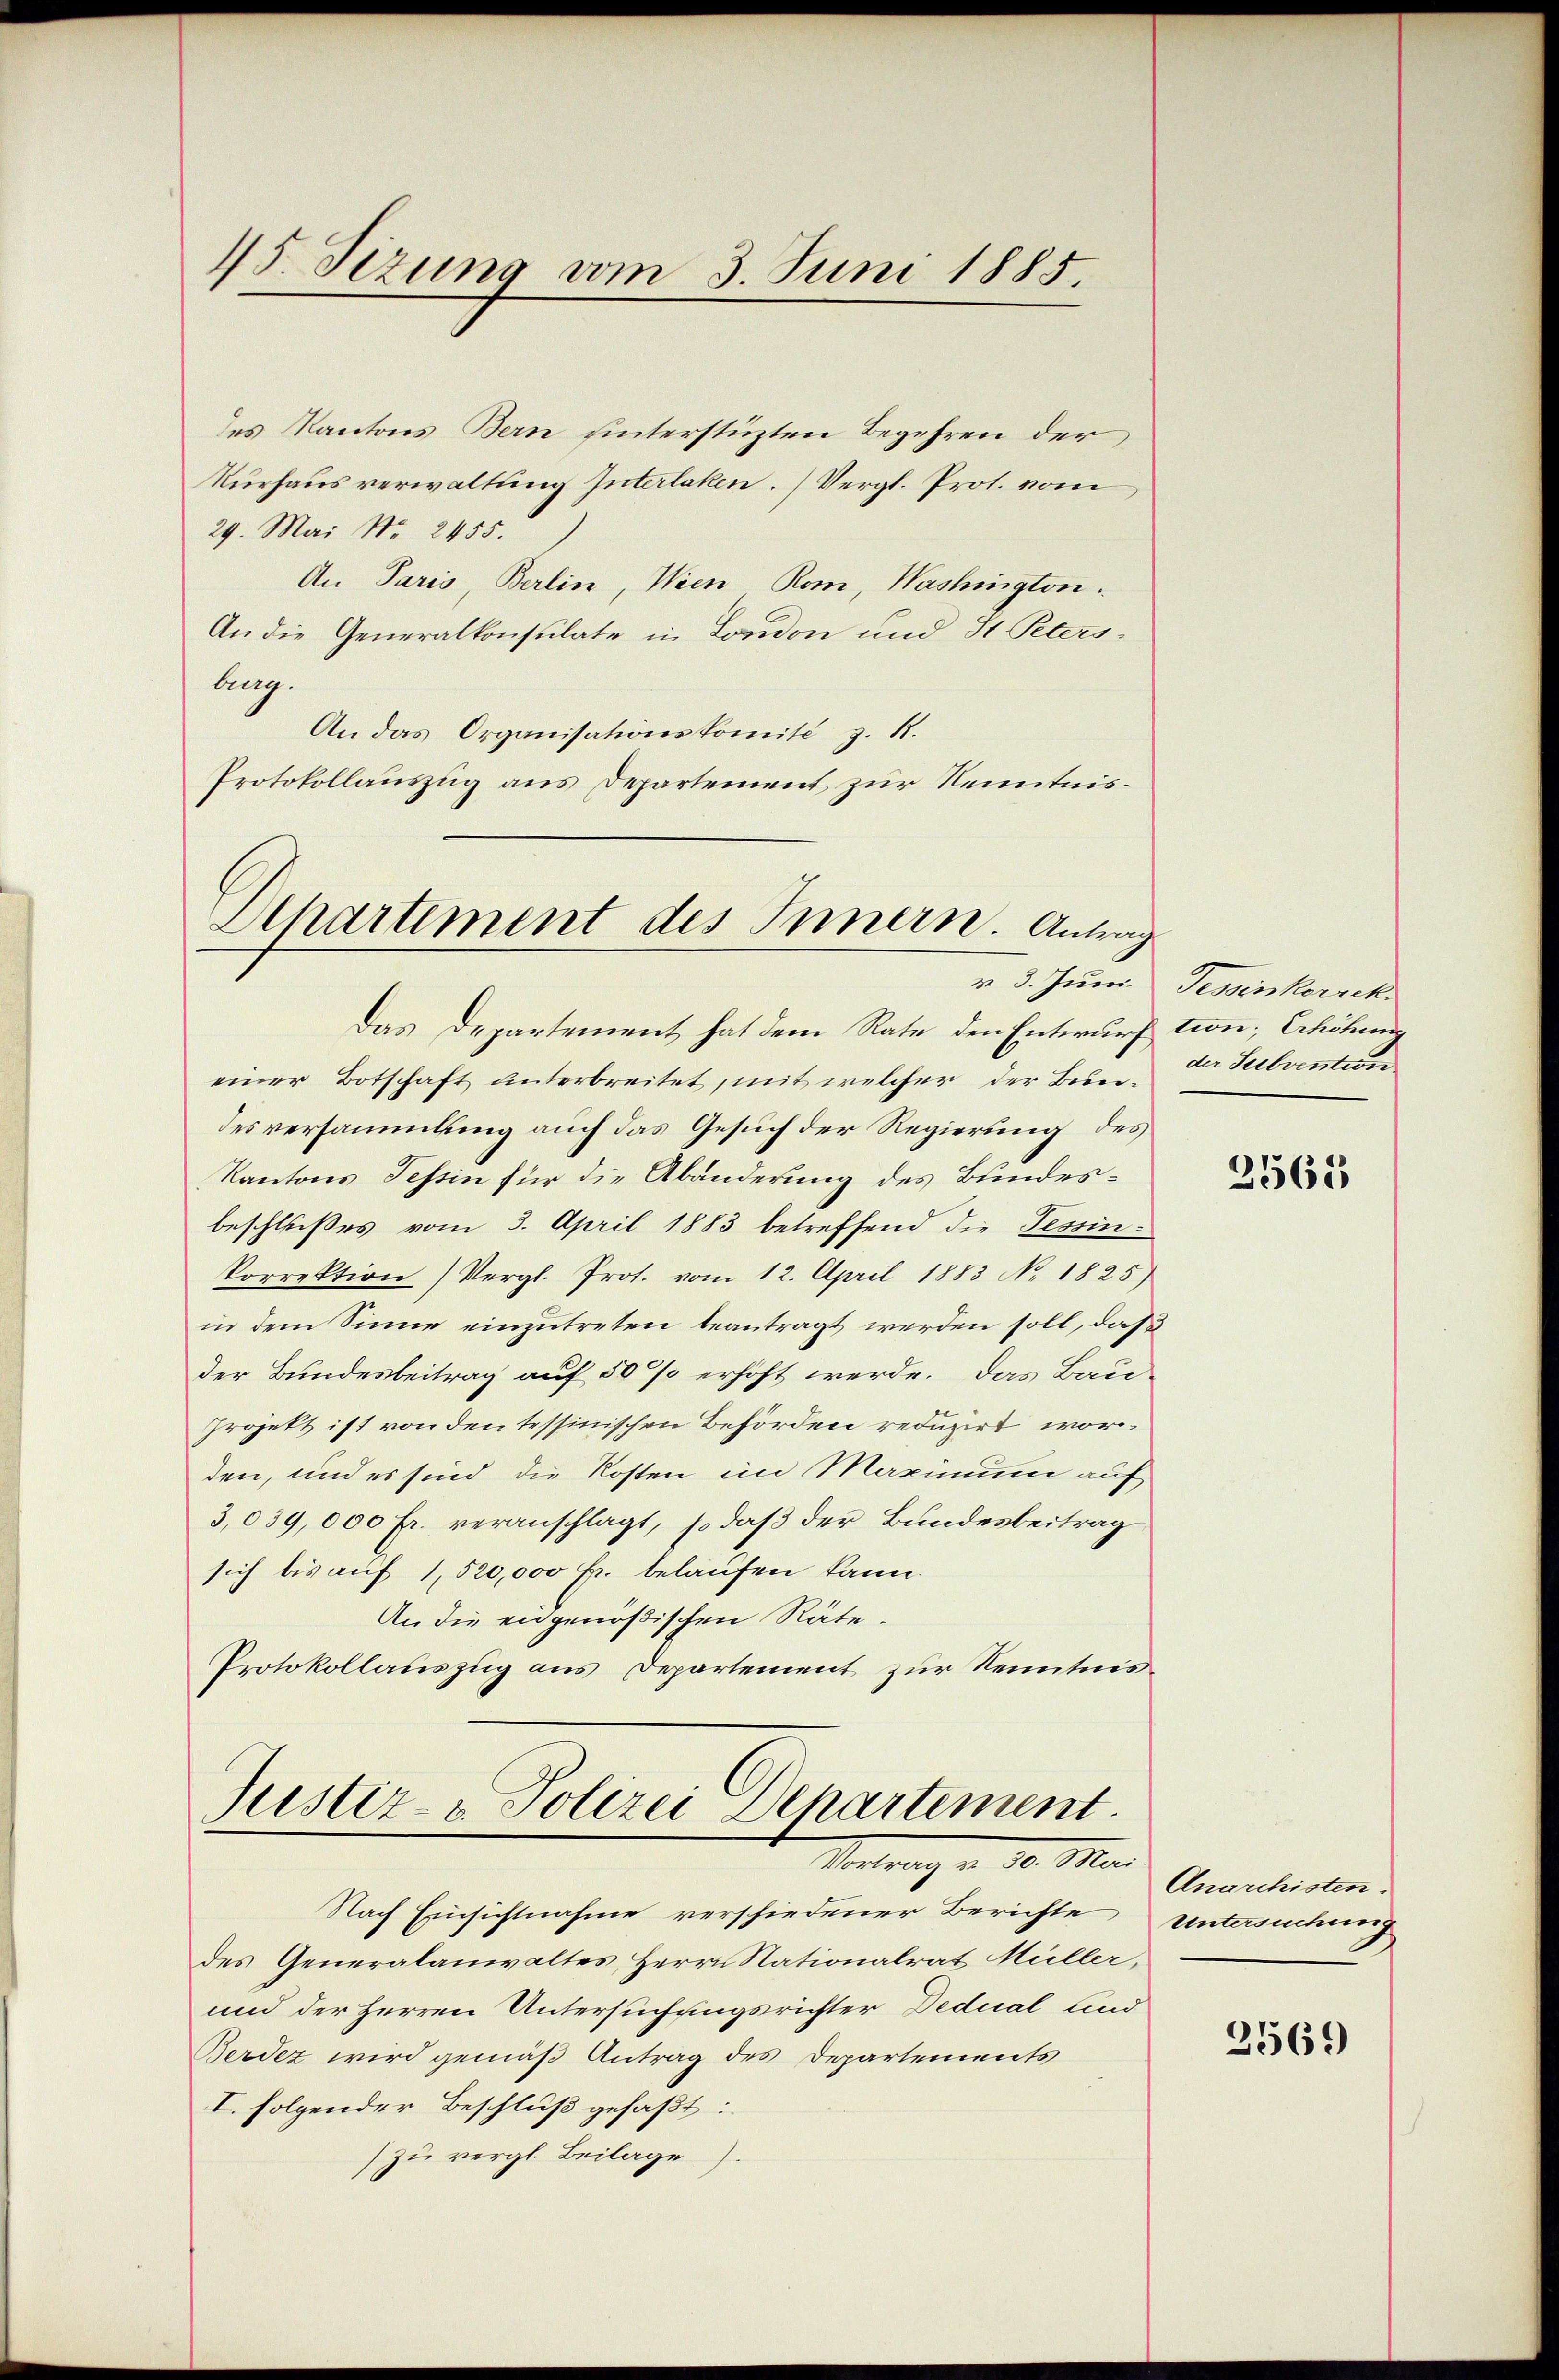
15. Jezung vom 3. Juni 1885

des Kantons Bern unterstüzten Begehren der
Nurhaus verwaltung Interlaken. Vergl. Prot. vom
29. Mai No 2455.
An Paris, Berlin, Wien Rom, Washington.
An die Generalkonsulate in London und St. Peters¬
Aug.
An das Organisationskomité z. R.
Protokollauszug aus Departement zur Kenntnis¬

Ahartement des Innern. Antrag

Das Departement hat dem Rate den Entwurf tion; Erhöhung
einer Botschaft unterbreitet, mit welcher der Bunde Subvention
desversammlung auch das Gesuch der Regierung des
Kantons Tessin für die Abänderung des Bundesbeschlißes vom 3. April 1883 betreffend die Tessin-
Porrektion (Vergl. Prot. vom 12. April 1883 No. 1825)
in dem Sinne einzutreten beantragt werden soll, daß
der Bundesbeitrag auf 50 % erhöht werde. Das Bau-
Projekt ist von den tessinischen Behörden reduzirt worden, und es sind die Kosten im Maximum auf
3,039,000 Fr. veranschlagt, so daß der Bundesbeitrag
sich bis auf 1520,000 fr. belaufen kann.
An die eidgenößischen Räte.
Protokollauszug aus Departement zur Kenntnis¬

Justiz- & Polizei Departement.
Vortrag u. 10. Mar

Nach Einsichtnahme verschiedener Berichte
des Generalanwaltes, Herrn Nationalrat Müller,
und der Herren Untersuchungsrichter Dedual und
Berdez wird gemäß Antrag des Departements
I. folgender Beschluß gefaßt:
zu vergl. Beilage).

v. 3. Juni. Tessinkorrek

2565

Anarchisten.
untersuchung

2569